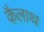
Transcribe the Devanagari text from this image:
कैलाथ